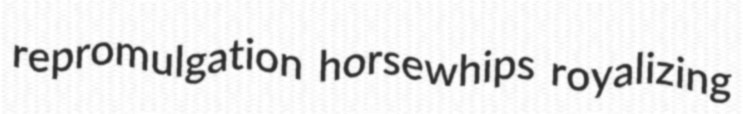
repromulgation horsewhips royalizing